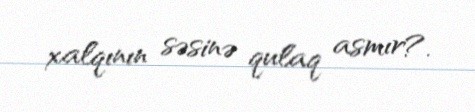
xalqının səsinə qulaq asmır?.